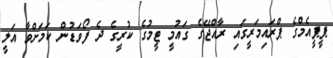
ޕީޕީއެމްގެ ޕްރައިމަރީގައި ރާއްޖޭގެ ގައުމީ ޓީމުގެ ކުރީގެ ދެ ފޯވަޑުން ކަމަށްވާ އަލީ